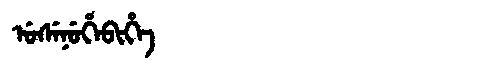
Manchu: ᡠᠰᡝᠨᡠᡥᡝᠪᡳᡥᡝ
Romanization: USENUHEBIHE